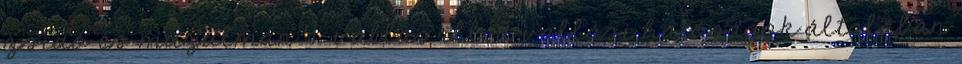
zsidó és muzulmán 4 vallás ill. a vallási hatóságok általában